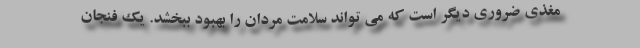
مغذی ضروری دیگر است که می تواند سلامت مردان را بهبود ببخشد. یک فنجان